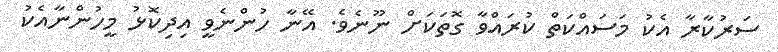
ސަރުކާރާ އެކު މަސައްކަތް ކުރައްވާ ގޮތަކަށް ނޫނެވެ. އޭނާ ހުންނެވީ އިދިކޮޅު މީހުންނާއެކު